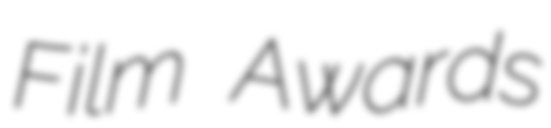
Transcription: Film Awards